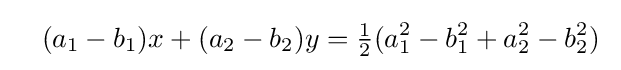
\quad (a_{1}-b_{1})x+(a_{2}-b_{2})y={\tfrac {1}{2}}(a_{1}^{2}-b_{1}^{2}+a_{2}^{2}-b_{2}^{2})\;